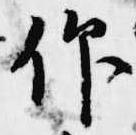
仰